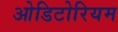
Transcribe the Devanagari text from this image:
ओडिटोरियम